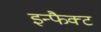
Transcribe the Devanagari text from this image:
इन्फैक्ट